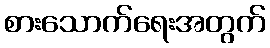
စားသောက်ရေးအတွက်